Vaccination in Bombay 1924-1928 - 1924-1928
Year: 1924
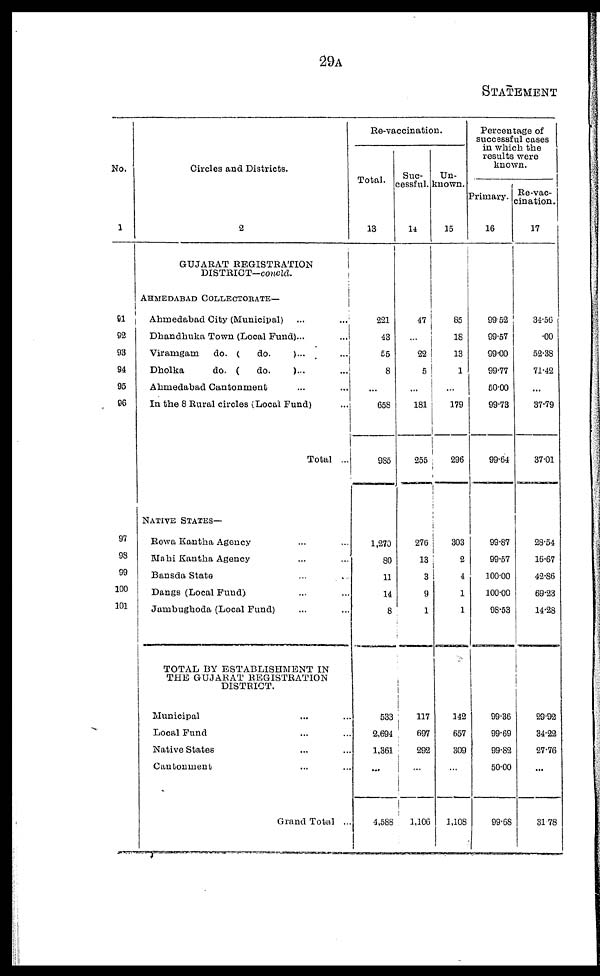
29A
STATEMENT
No.
1
91
92
93
94
95
96
97
98
99
100
101
Circles and Districts.
2
GUJARAT REGISTRATION
DISTRICT—concld.
AHMEDABAD COLLECTORATE—
Ahmedabad City (Municipal)
...
...
Dhandhuka Town (Local Fund)...
...
Viramgam
do. (
do.
)... ...
Dholka
do. (
do.
)... ...
Ahmedabad Cantonment ... ...
In the 8 Rural circles (Local Fund) ...
Total ...
NATIVE STATES—
Rewa Kantha Agency ... ... ...
Mahi Kantha Agency ... ... ...
Bansda State
...
...
...
Dangs (Local Fund) ... ......
Jambughoda (Local Fund) ... ...
TOTAL BY ESTABLISHMENT IN
THE GUJARAT REGISTRATION
DISTRICT.
Municipal ... ... ...
Local Fund ... ... ...
Native States ... ... ...
Cantonment ... ... ...
Grand Total ...
Re-vaccination.
Total.
13
221
43
56
8
...
658
985
1,270
80
11
14
8
533
2,694
1,361
...
4,588
Suc-
cessful.
14
47
...
22
5
...
181
255
276
13
3
9
1
117
697
292
...
1,106
Un-
known.
15
85
18
13
1
...
179
296
303
2
4
1
1
142
657
309
...
1,108
Percentage of
successful cases
in which the
results were
known.
Primary.
16
99.52
99.57
99.00
99.77
50.00
99.73
99.64
99.87
99.57
100.00
100.00
98.53
99.36
99.69
99.82
50.00
99.68
Re-vac-
cination.
17
34.56
.00
52.38
71.42
...
37.79
37.01
28.54
16.67
42.86
69.23
14.28
29.92
34.22
27.76
...
31.78